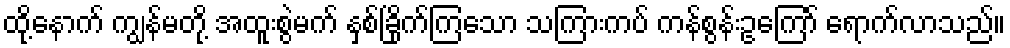
ထို့နောက် ကျွန်မတို့ အထူးစွဲမက် နှစ်ခြိုက်ကြသော သကြားကပ် ကန်စွန်းဥကြော် ရောက်လာသည်။